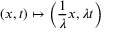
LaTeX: ( x , t ) \mapsto \left( { \frac { 1 } { \lambda } } x , \lambda t \right)